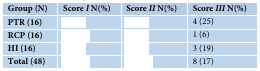
<table><thead><tr><td><b>Group (N)</b></td><td><b>Score <i>I</i> N(%)</b></td><td><b>Score <i>II</i> N(%)</b></td><td><b>Score <i>III</i> N(%)</b></td></tr></thead><tbody><tr><td><b>PTR (16)</b></td><td>[EMPTY_CELL]</td><td>[EMPTY_CELL]</td><td>4 (25)</td></tr><tr><td><b>RCP (16)</b></td><td>[EMPTY_CELL]</td><td>[EMPTY_CELL]</td><td>1 (6)</td></tr><tr><td><b>HI (16)</b></td><td>[EMPTY_CELL]</td><td>[EMPTY_CELL]</td><td>3 (19)</td></tr><tr><td><b>Total (48)</b></td><td>[EMPTY_CELL]</td><td>[EMPTY_CELL]</td><td>8 (17)</td></tr></tbody></table>